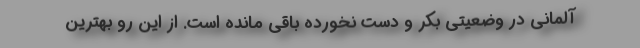
آلمانی در وضعیتی بکر و دست نخورده باقی مانده است. از این رو بهترین